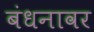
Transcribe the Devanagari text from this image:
बंधनावर